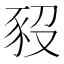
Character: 𧰱